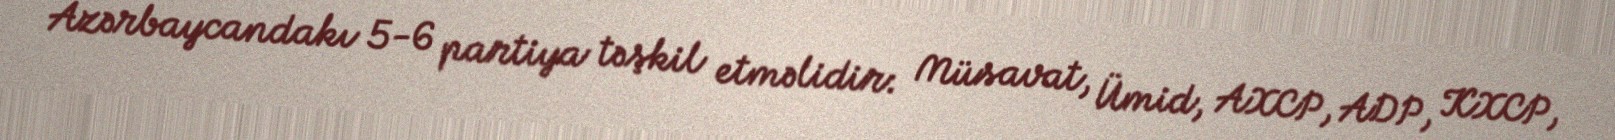
Azərbaycandakı 5-6 partiya təşkil etməlidir: Müsavat, Ümid, AXCP, ADP, KXCP,